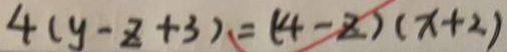
4 ( y - z + 3 ) = ( 4 - z ) ( x + 2 )